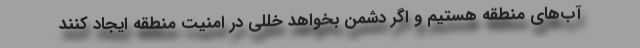
آب‌های منطقه هستیم و اگر دشمن بخواهد خللی در امنیت منطقه ایجاد کنند